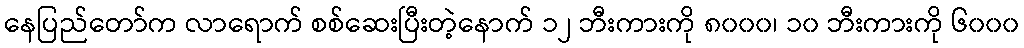
နေပြည်တော်က လာရောက် စစ်ဆေးပြီးတဲ့နောက် ၁၂ ဘီးကားကို ၈၀၀၀၊ ၁၀ ဘီးကားကို ၆၀၀၀